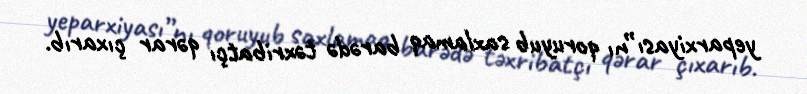
yeparxiyası”nı qoruyub saxlamaq barədə təxribatçı qərar çıxarıb.